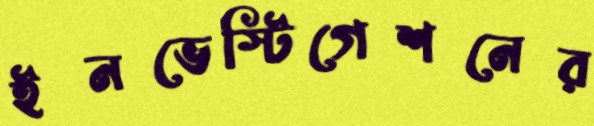
ইনভেস্টিগেশনের